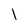
Character: l